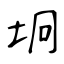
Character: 坰